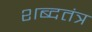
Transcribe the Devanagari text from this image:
शब्दतंत्र